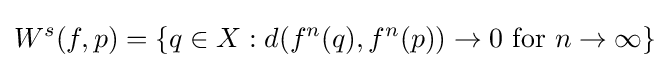
W^{s}(f,p)=\{q\in X:d(f^{n}(q),f^{n}(p))\to 0{\mbox{ for }}n\to \infty \}